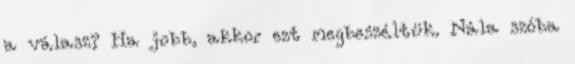
a válasz? Ha jobb, akkor ezt megbeszéltük. Nála szóba